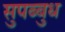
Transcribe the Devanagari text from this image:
सुपब्बुध